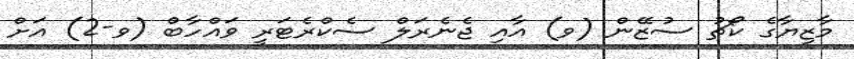
މާޒިޔާގެ ކޯޗު ސުޒޭން (ވ) އާއި ޖެނެރަލް ސެކްރެޓަރީ ވައްހާބް (ވ-2) އަށް